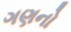
ગણનો